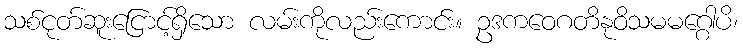
သစ်ငုတ်ဆူးငြောင့်ရှိသော လမ်းကိုလည်းကောင်း။ ဥဒကဝေဂတိနုဝိသမမဂ္ဂေါပိ၊